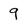
Character: 9